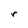
Character: r